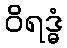
ဝိရဒ္ဓံ